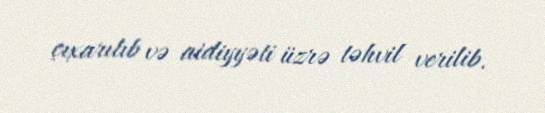
çıxarılıb və aidiyyəti üzrə təhvil verilib.